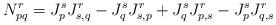
LaTeX: \begin{align*}N_{pq}^r=J_p^sJ_{s,q}^r-J_q^sJ_{s,p}^r+J_q^sJ_{p,s}^r-J_p^sJ_{q,s}^r\end{align*}